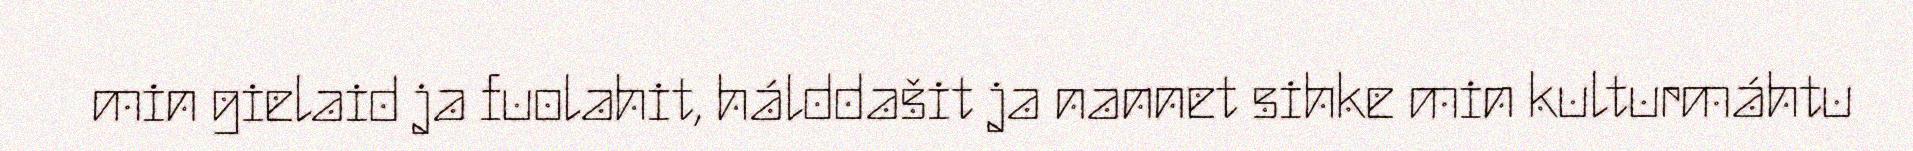
min gielaid ja fuolahit, hálddašit ja nannet sihke min kulturmáhtu